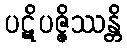
ပဋိပဇ္ဇိဿန္တိ